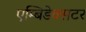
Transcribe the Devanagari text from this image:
एम्बिडेक्सटर